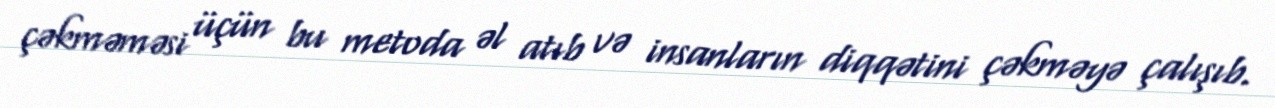
çəkməməsi üçün bu metoda əl atıb və insanların diqqətini çəkməyə çalışıb.